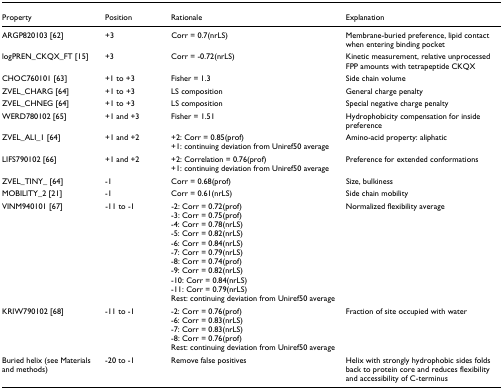
<table><thead><tr><td><b>Property</b></td><td><b>Position</b></td><td><b>Rationale</b></td><td><b>Explanation</b></td></tr></thead><tbody><tr><td>ARGP820103 [62]</td><td>+3</td><td>Corr = 0.7(nrLS)</td><td>Membrane-buried preference, lipid contact when entering binding pocket</td></tr><tr><td>logPREN_CKQX_FT [15]</td><td>+3</td><td>Corr = -0.72(nrLS)</td><td>Kinetic measurement, relative unprocessed FPP amounts with tetrapeptide CKQX</td></tr><tr><td>CHOC760101 [63]</td><td>+1 to +3</td><td>Fisher = 1.3</td><td>Side chain volume</td></tr><tr><td>ZVEL_CHARG [64]</td><td>+1 to +3</td><td>LS composition</td><td>General charge penalty</td></tr><tr><td>ZVEL_CHNEG [64]</td><td>+1 to +3</td><td>LS composition</td><td>Special negative charge penalty</td></tr><tr><td>WERD780102 [65]</td><td>+1 and +3</td><td>Fisher = 1.51</td><td>Hydrophobicity compensation for inside preference</td></tr><tr><td>ZVEL_ALI_1 [64]</td><td>+1 and +2</td><td>+2: Corr = 0.85(prof)+1: continuing deviation from Uniref50 average</td><td>Amino-acid property: aliphatic</td></tr><tr><td>LIFS790102 [66]</td><td>+1 and +2</td><td>+2: Correlation = 0.76(prof)+1: continuing deviation from Uniref50 average</td><td>Preference for extended conformations</td></tr><tr><td>ZVEL_TINY_ [64]</td><td>-1</td><td>Corr = 0.68(prof)</td><td>Size, bulkiness</td></tr><tr><td>MOBILITY_2 [21]</td><td>-1</td><td>Corr = 0.61(nrLS)</td><td>Side chain mobility</td></tr><tr><td>VINM940101 [67]</td><td>-11 to -1</td><td>-2: Corr = 0.72(prof)-3: Corr = 0.75(prof)-4: Corr = 0.78(nrLS)-5: Corr = 0.82(nrLS)-6: Corr = 0.84(nrLS)-7: Corr = 0.79(nrLS)-8: Corr = 0.74(prof)-9: Corr = 0.82(nrLS)-10: Corr = 0.84(nrLS)-11: Corr = 0.79(nrLS)Rest: continuing deviation from Uniref50 average</td><td>Normalized flexibility average</td></tr><tr><td>KRIW790102 [68]</td><td>-11 to -1</td><td>-2: Corr = 0.76(prof)-6: Corr = 0.83(nrLS)-7: Corr = 0.83(nrLS)-8: Corr = 0.76(prof)Rest: continuing deviation from Uniref50 average</td><td>Fraction of site occupied with water</td></tr><tr><td>Buried helix (see Materials and methods)</td><td>-20 to -1</td><td>Remove false positives</td><td>Helix with strongly hydrophobic sides folds back to protein core and reduces flexibility and accessibility of C-terminus</td></tr></tbody></table>